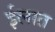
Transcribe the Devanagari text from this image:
ईलात